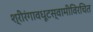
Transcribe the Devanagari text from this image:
श्रीरंगावधूटस्वामीविरचित